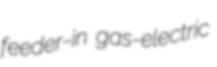
feeder-in gas-electric